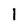
Character: l